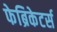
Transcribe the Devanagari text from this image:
फेब्रिकेटर्स